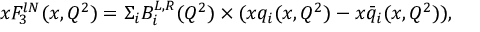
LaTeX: x F _ { 3 } ^ { l N } ( x , Q ^ { 2 } ) = \Sigma _ { i } B _ { i } ^ { L , R } ( Q ^ { 2 } ) \times ( x q _ { i } ( x , Q ^ { 2 } ) - x \bar { q } _ { i } ( x , Q ^ { 2 } ) ) ,